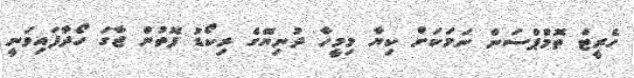
ހެރީޓް ތޮމްޕްސަން ނަމަކަށް ކިޔާ މިމީހާ ދުނިޔޭގެ ރިކޯޑު ފޮތުން ޖާގަ ހޯދާފައިވަނީ